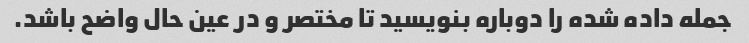
جمله داده شده را دوباره بنویسید تا مختصر و در عین حال واضح باشد.